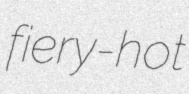
fiery-hot